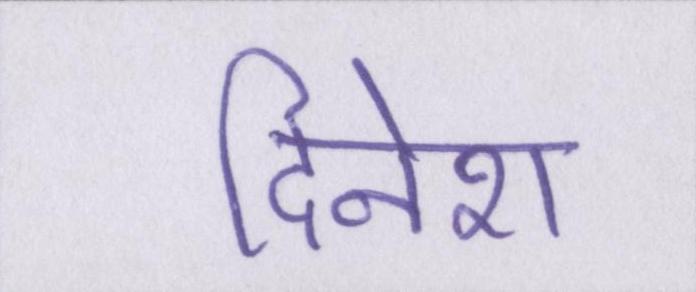
दिनेश